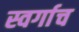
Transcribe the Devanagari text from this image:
स्वर्गाच